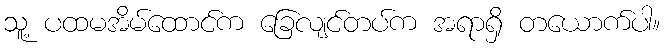
သူ့ ပထမအိမ်ထောင်က ခြေလျင်တပ်က အရာရှိ တယောက်ပါ။